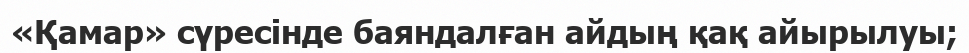
«Қамар» сүресінде баяндалған айдың қақ айырылуы;